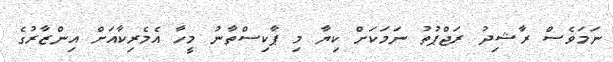
ނަމަވެސް ރާޝިދު ރަޖްޕުތު ނަމަކަށް ކިޔާ މި ޕާކިސްތާނު މީހާ އެމެރިކާއަށް އިންޒާރުގެ